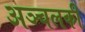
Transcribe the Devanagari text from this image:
अञ्चलकी